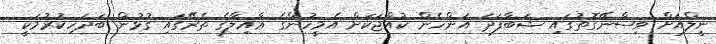
ނީލްއަށް ވިސްނޭގޮތުގައި ޝަބާފަދަ އަންހެން ކުއްޖަކަށް އެމީހުންގެ ޢާއިލާގެ ތެރޭގައި ގުޅުން ބަދަހިކުރުމަކީ